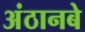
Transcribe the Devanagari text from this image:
अंठानबे